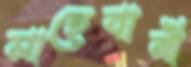
সাহেবানী